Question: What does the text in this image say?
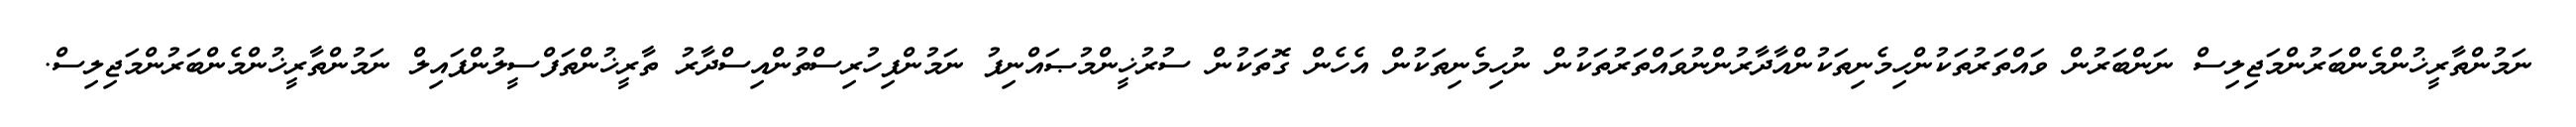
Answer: ނަމުންތާރީޚުންމެންބަރުންމަޖިލިސް ނަންބަރުން ވައްތަރުތަކުންހިމެނިތަކުންއާދާރުންނުވައްތަރުތަކުން ނުހިމެނިތަކުން އެހެން ގޮތަކުން ސުރުޚީންމުޞައްނިފު ނަމުންފިހުރިސްތުންއިސްދާރު ތާރީޚުންތަފްސީލުންފައިލް ނަމުންތާރީޚުންމެންބަރުންމަޖިލިސް.